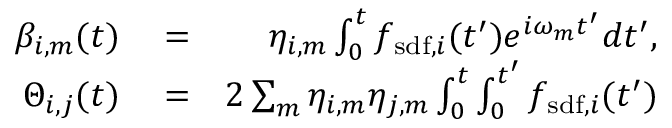
\begin{array} { r l r } { \beta _ { i , m } ( t ) } & { { } = } & { \eta _ { i , m } \int _ { 0 } ^ { t } f _ { \mathrm { s d f } , i } ( t ^ { \prime } ) e ^ { i \omega _ { m } t ^ { \prime } } d t ^ { \prime } , } \\ { \Theta _ { i , j } ( t ) } & { { } = } & { 2 \sum _ { m } \eta _ { i , m } \eta _ { j , m } \int _ { 0 } ^ { t } \int _ { 0 } ^ { t ^ { \prime } } f _ { \mathrm { s d f } , i } ( t ^ { \prime } ) } \end{array}